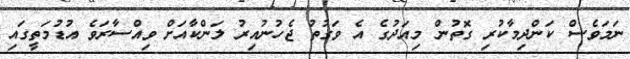
ނަމަވެސް ކަންދިމާކުރި ގޮތުން މިއަދުގެ އެ ވަގުތު ޖެހުނުއިރު ލަންކާއަށް ވިއްސާރަވެ އުޑުމަތީގައި